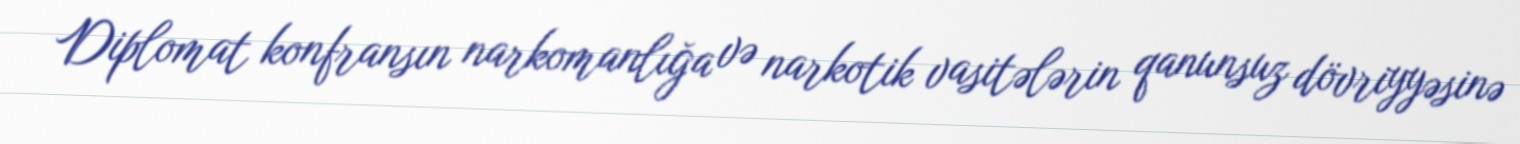
Diplomat konfransın narkomanlığa və narkotik vasitələrin qanunsuz dövriyyəsinə